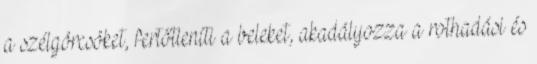
a szélgörcsöket, fertőtleníti a beleket, akadályozza a rothadási és